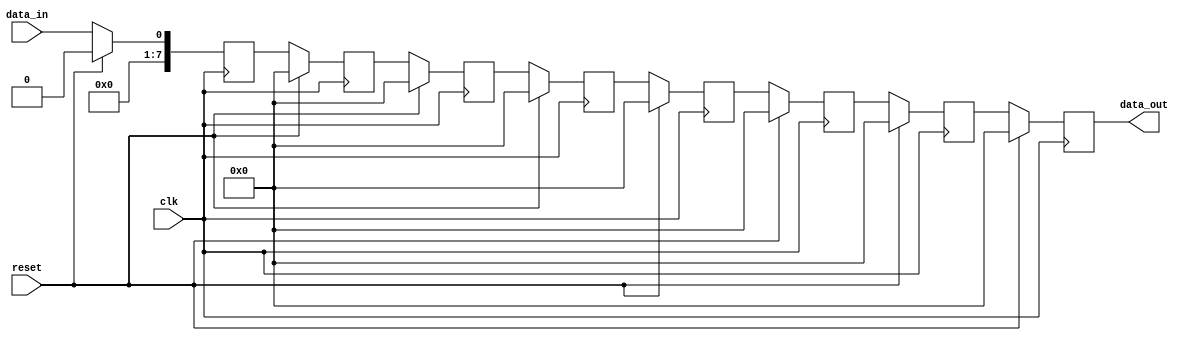
module shift_register (
  input wire clk,
  input wire reset,
  input wire data_in,
  output reg [7:0] data_out
);

reg [7:0] reg1, reg2, reg3, reg4, reg5, reg6, reg7, reg8;

always @(posedge clk) begin
  if (reset) begin
    reg1 <= 8'b0;
    reg2 <= 8'b0;
    reg3 <= 8'b0;
    reg4 <= 8'b0;
    reg5 <= 8'b0;
    reg6 <= 8'b0;
    reg7 <= 8'b0;
    reg8 <= 8'b0;
  end else begin
    reg1 <= data_in;
    reg2 <= reg1;
    reg3 <= reg2;
    reg4 <= reg3;
    reg5 <= reg4;
    reg6 <= reg5;
    reg7 <= reg6;
    reg8 <= reg7;
  end
end

assign data_out = reg8;

endmodule